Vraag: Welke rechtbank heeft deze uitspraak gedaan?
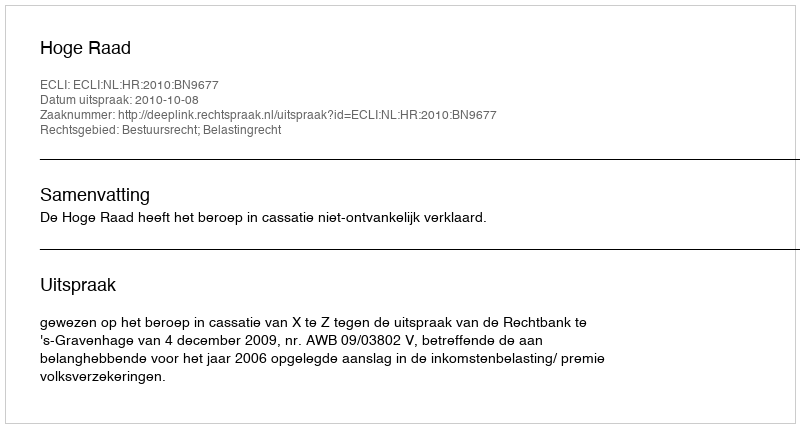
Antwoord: Hoge Raad